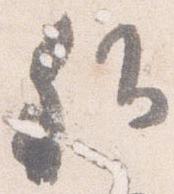
卿